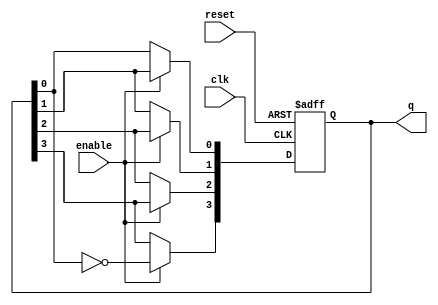
module johnson_counter (
    input wire clk,        // Clock input
    input wire reset,      // Asynchronous reset
    input wire enable,     // Optional enable signal
    output reg [3:0] q     // 4-bit output representing the current state
);

    // State transition logic
    always @(posedge clk or posedge reset) begin
        if (reset) begin
            q <= 4'b0000; // Initialize to state 0 on reset
        end else if (enable) begin
            q[3] <= ~q[0]; // Inverted output of the last flip-flop feeds back to the first
            q[2] <= q[3];  // Shift right
            q[1] <= q[2];  // Shift right
            q[0] <= q[1];  // Shift right
        end
    end

endmodule